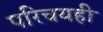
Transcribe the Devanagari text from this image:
परिचयही